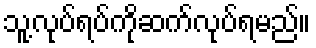
သူ့လုပ်ရပ်ကိုဆက်လုပ်ရမည်။